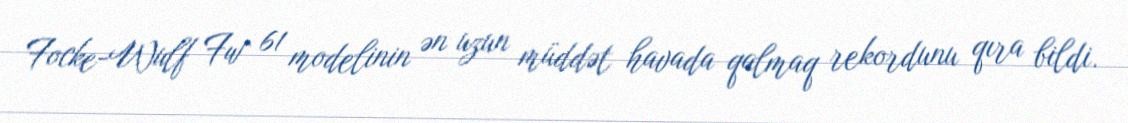
Focke-Wulf Fw 61 modelinin ən uzun müddət havada qalmaq rekordunu qıra bildi.